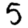
Digit: 5